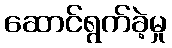
ဆောင်ရွက်ခဲ့မှု